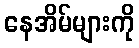
နေအိမ်များကို